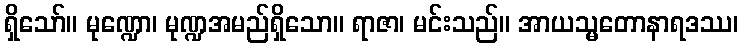
ရှိသော်။ မုဏ္ဍော၊ မုဏ္ဍအမည်ရှိသော။ ရာဇာ၊ မင်းသည်။ အာယသ္မတောနာရဒဿ၊